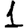
Digit: 1